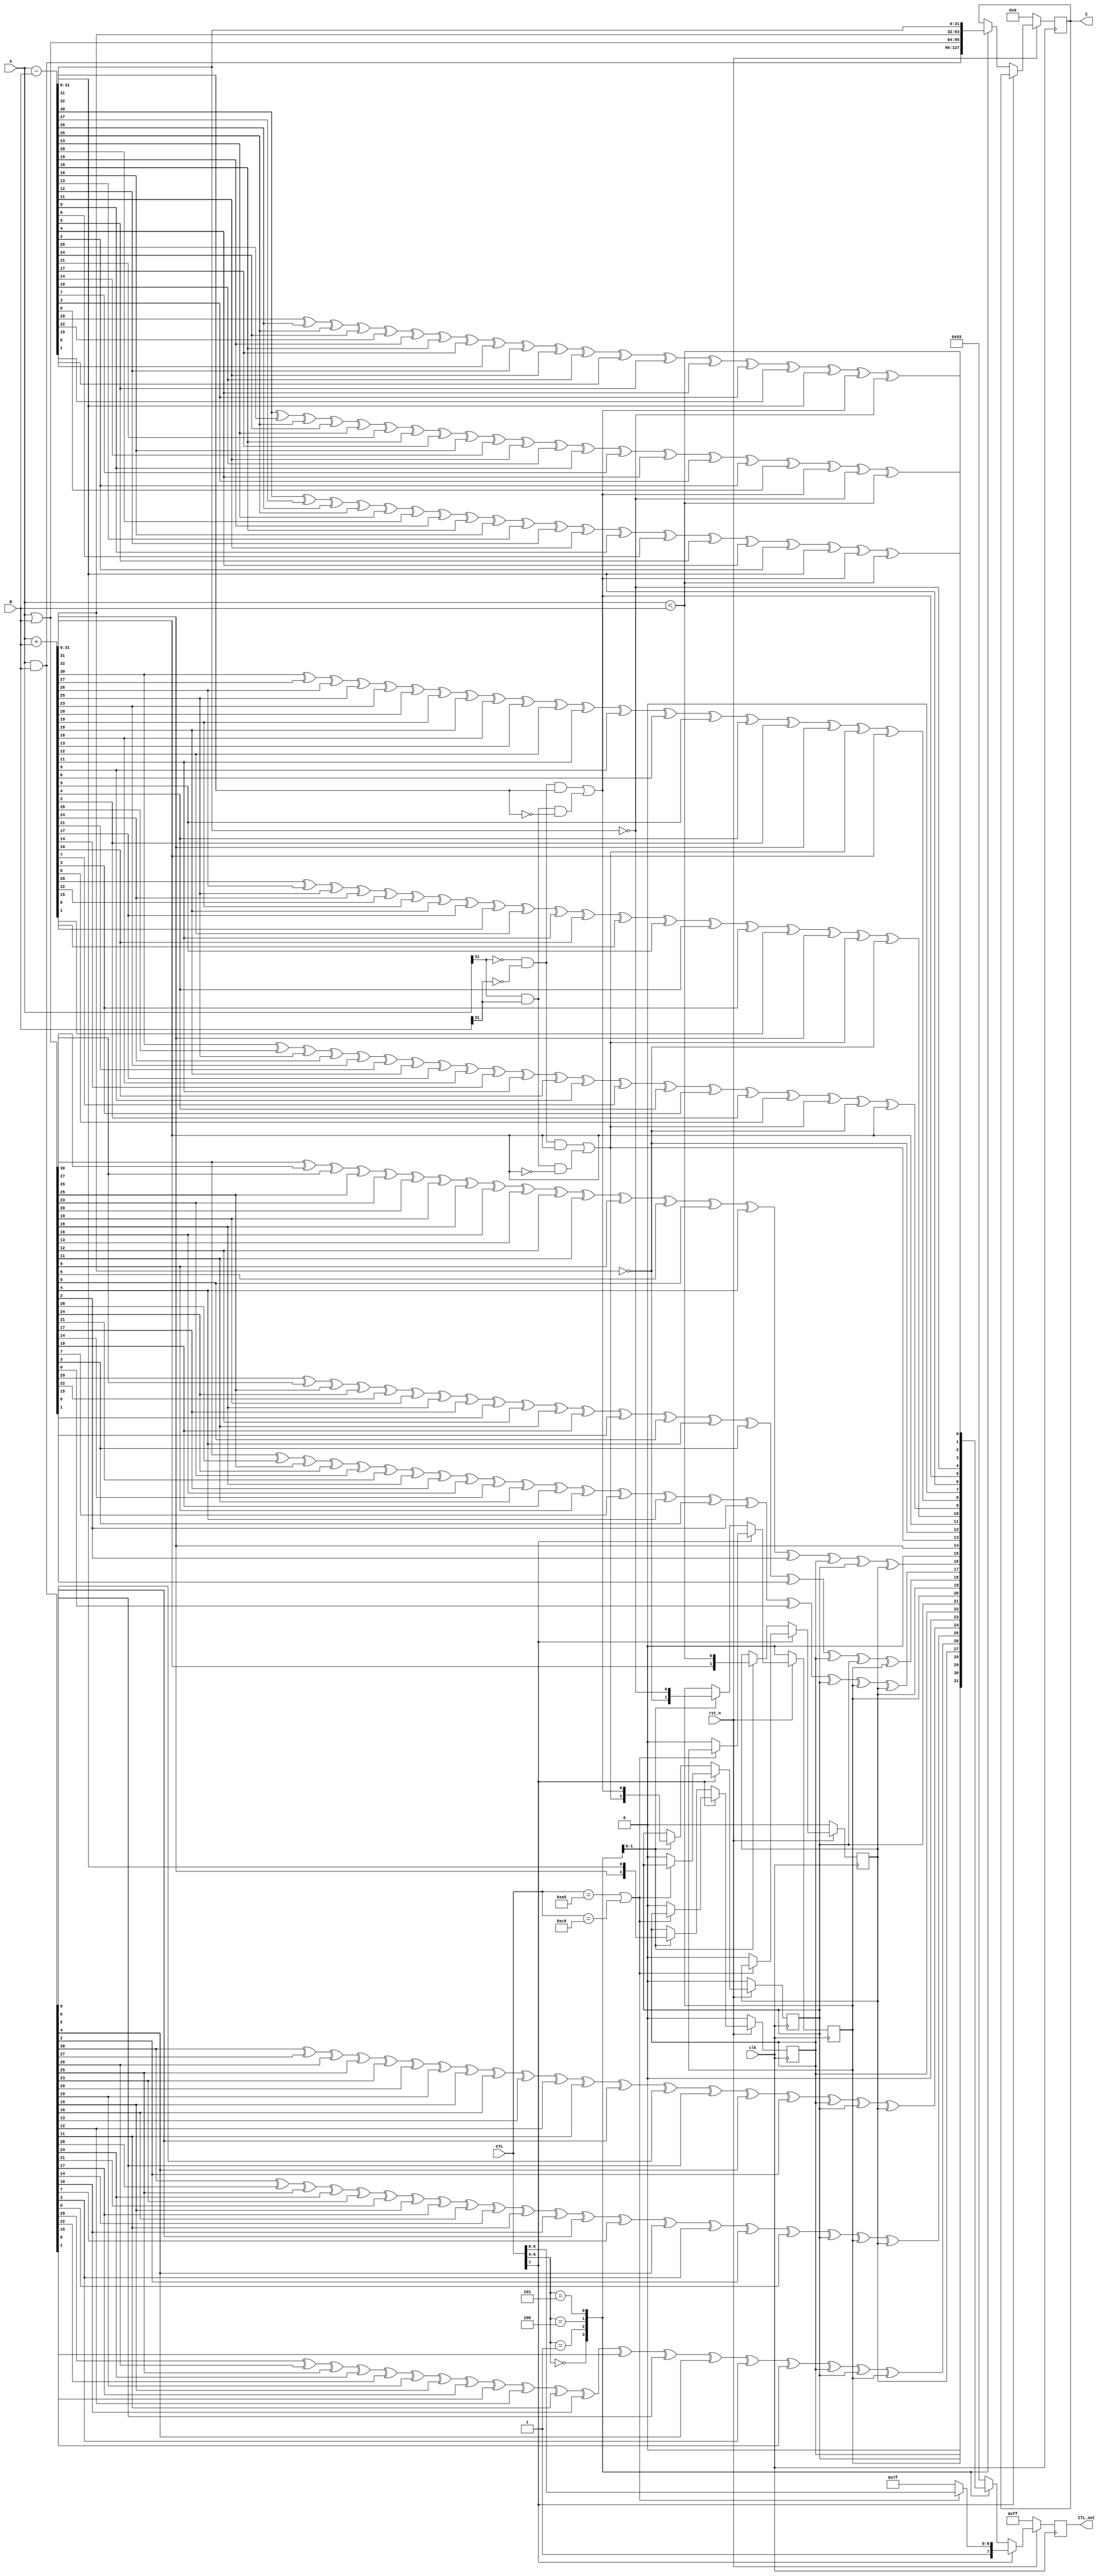
module mtm_Alu_core(
  input wire clk,
  input wire rst_n,
  input wire [31:0] A,
  input wire [31:0] B,
  input wire [7:0] CTL,
  output reg [31:0] C,
  output reg [7:0] CTL_out
  );

wire [2:0] OP;

assign OP = CTL[6:4];
assign CRC = CTL[3:0];

localparam  AND = 3'b000;
localparam OR = 3'b001;
localparam ADD = 3'b100;
localparam SUB = 3'b101;

reg cr,of,zr,neg;

initial begin
  cr = 0; of = 0; zr = 0; neg = 0;
end



always @(posedge clk) begin
  if (!rst_n) begin
    cr = 0; of = 0; zr = 0; neg = 0;
    CTL_out = 8'b11111111;
    C = 0;
  end
  else if (CTL[7] == 0) begin
    #1case(OP)
      AND: begin
        C = A & B;
        CTL_out = {1'b0,cr,of,zr,neg,nextCRC3_D36({C,1'b0,cr,of,zr,neg},4'b0000)};
      end
      OR: begin
        C = A | B;
        CTL_out = {1'b0,cr,of,zr,neg,nextCRC3_D36({C,1'b0,cr,of,zr,neg},4'b0000)};
      end
      ADD: begin
        {cr,C} = A + B;
        zr = (C == 0);
        of = ((A[31] == 0 && B[31] == 0 && C[31] == 1) || (A[31] == 1 && B[31] == 1 && C[31] == 0));
        neg = (C[31] == 1);
        CTL_out = {1'b0,cr,of,zr,neg,nextCRC3_D36({C,1'b0,cr,of,zr,neg},4'b0000)};
      end
      SUB: begin
        {cr,C} = A - B;
        zr = (C == 0);
        of = ((A[31] == 0 && B[31] == 0 && C[31] == 1) || (A[31] == 1 && B[31] == 1 && C[31] == 0));
        neg = (A < B);
        CTL_out = {1'b0,cr,of,zr,neg,nextCRC3_D36({C,1'b0,cr,of,zr,neg},4'b0000)};
      end
      default: begin
        CTL_out = 8'b10010011;
      end
    endcase
    end
    else if( CTL == 8'b10100101 || CTL == 8'b11001001) begin
      CTL_out = CTL;
    end
    else begin
    cr = 0; // ISSUE
    of = 0;
    zr = 0;
    neg = 0;
    CTL_out = 8'b11111111;
    end
  end

  // polynomial: x^3 + x^1 + 1
    // data width: 36
    // convention: the first serial bit is D[35]
function [2:0] nextCRC3_D36;
  input [35:0] Data;
  input [2:0] crc;
  reg [35:0] d;
  reg [2:0] c;
  reg [2:0] newcrc;
begin
  d = Data;
  c = crc;

  newcrc[0] = d[35] ^ d[32] ^ d[31] ^ d[30] ^ d[28] ^ d[25] ^ d[24] ^ d[23] ^ d[21] ^ d[18] ^ d[17] ^ d[16] ^ d[14] ^ d[11] ^ d[10] ^ d[9] ^ d[7] ^ d[4] ^ d[3] ^ d[2] ^ d[0] ^ c[2];
  newcrc[1] = d[35] ^ d[33] ^ d[30] ^ d[29] ^ d[28] ^ d[26] ^ d[23] ^ d[22] ^ d[21] ^ d[19] ^ d[16] ^ d[15] ^ d[14] ^ d[12] ^ d[9] ^ d[8] ^ d[7] ^ d[5] ^ d[2] ^ d[1] ^ d[0] ^ c[0] ^ c[2];
  newcrc[2] = d[34] ^ d[31] ^ d[30] ^ d[29] ^ d[27] ^ d[24] ^ d[23] ^ d[22] ^ d[20] ^ d[17] ^ d[16] ^ d[15] ^ d[13] ^ d[10] ^ d[9] ^ d[8] ^ d[6] ^ d[3] ^ d[2] ^ d[1] ^ c[1];
  nextCRC3_D36 = newcrc;
end
endfunction

endmodule